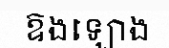
ឱងឡោង